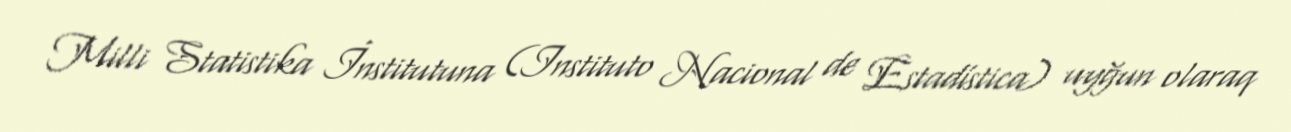
Milli Statistika İnstitutuna (Instituto Nacional de Estadística) uyğun olaraq